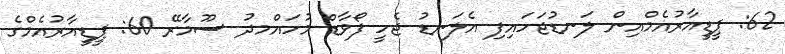
62: ޕީޑީއާރުއެމްއިން ލަނޑުޖަހައިފި އެލަނޑު ޖެހީ ފޯވާޑް މުހައްމދު ސޫމާރޭ 60: ޕީޑީއާރުއެމްގެ